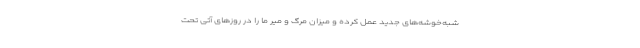
شبه‌خوشه‌های جدید عمل کرده و میزان مرگ و میر ما را در روزهای آتی تحت